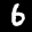
Label: 6